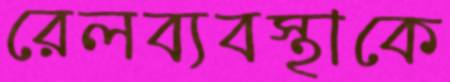
রেলব্যবস্থাকে